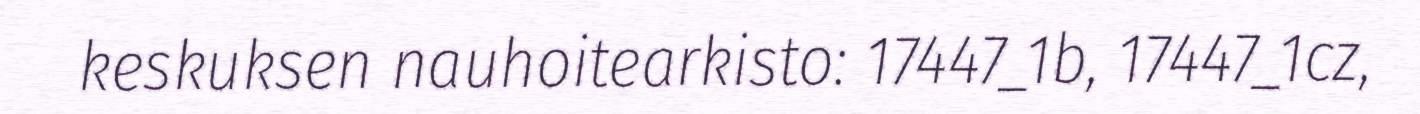
keskuksen nauhoitearkisto: 17447_1b, 17447_1cz,